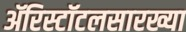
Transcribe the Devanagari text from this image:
ॲरिस्टॉटलसारख्या